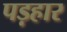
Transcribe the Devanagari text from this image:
पड़हार